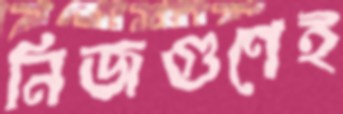
নিজগুণেই